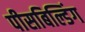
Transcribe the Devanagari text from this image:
पीसबिल्डिंग